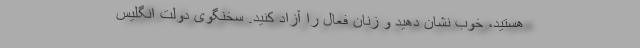
هستید، خوب نشان دهید و زنان فعال را آزاد کنید. سخنگوی دولت انگلیس